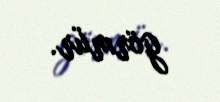
görmür.